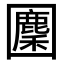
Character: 𡈳